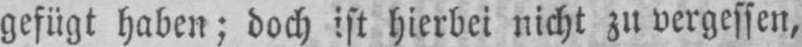
gefügt haben; doch ist hierbei nicht zuvergessen,